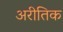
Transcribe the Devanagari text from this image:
अरीतिक